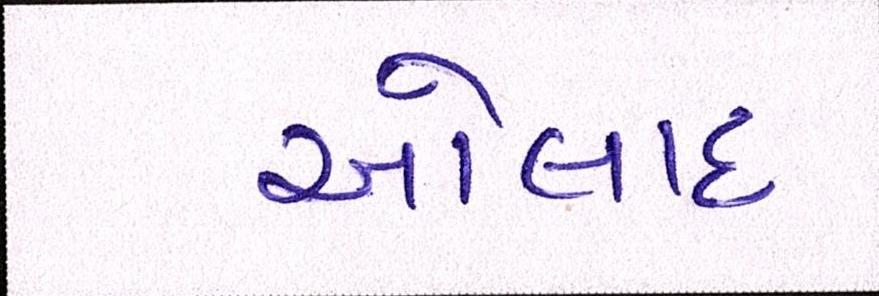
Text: ઓલાદ